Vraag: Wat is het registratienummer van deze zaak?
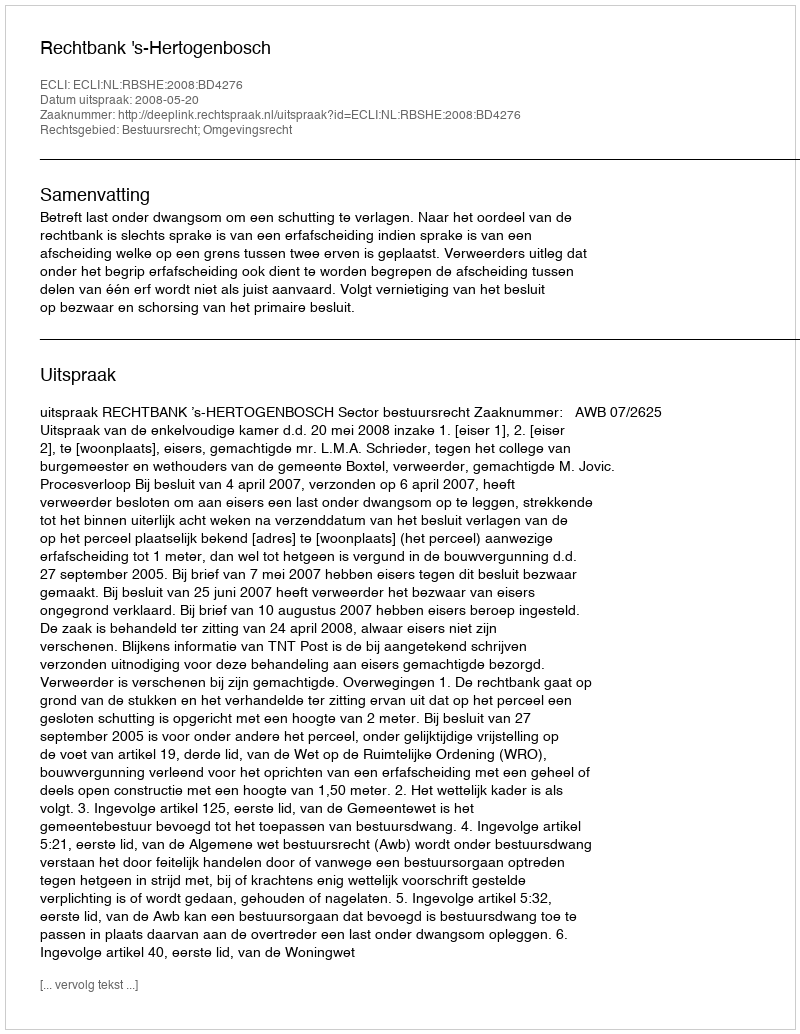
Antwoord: http://deeplink.rechtspraak.nl/uitspraak?id=ECLI:NL:RBSHE:2008:BD4276